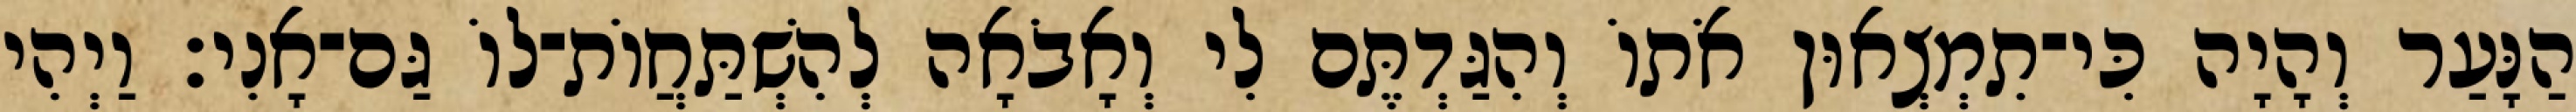
הַנָּעַר וְהָיָה כִּי־תִמְצְאוּן אֹתוֹ וְהִגַּדְתֶּם לִי וְאָבֹאָה לְהִשְׁתַּחֲוֹת־לוֹ גַּם־אָנִי׃ וַיְהִי